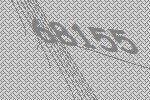
68155